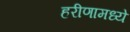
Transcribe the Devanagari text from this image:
हरीणामध्ये